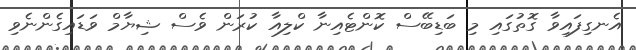
އެނގިފައިވާ ގޮތުގައި މި ބަޑިބޭސް ކޮންޓެއިނާ ކްލިއާ ކުރަން ވެސް ޝިޔާމް ވަޑައިގެންނެވި